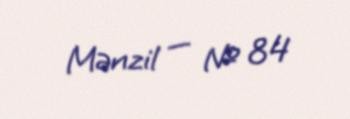
Mənzil — № 84